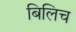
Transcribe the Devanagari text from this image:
बिलिच